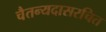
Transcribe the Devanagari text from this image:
चैतन्यदासरचित